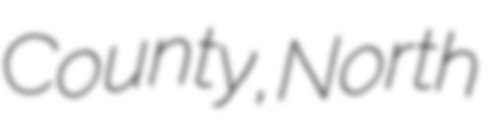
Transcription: County, North